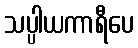
သပ္ပါယကာရီပေ